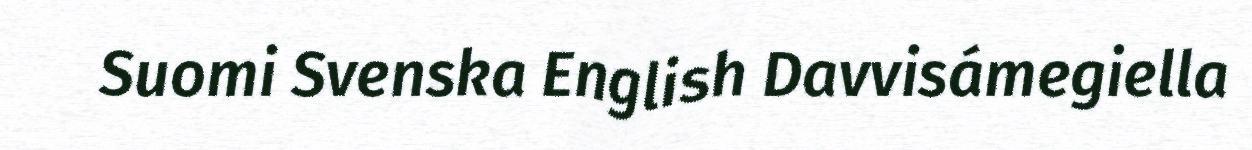
Suomi Svenska English Davvisámegiella